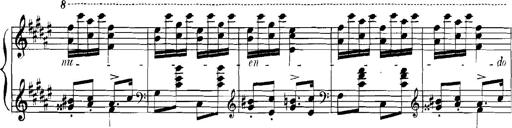
Title: Rhapsodies hongroises
Composer: Franz Liszt